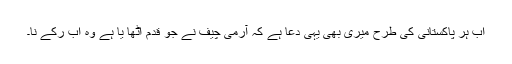
اب ہر پاکستانی کی طرح میری بھی یہی دعا ہے کہ آرمی چیف نے جو قدم اٹھا یا ہے وہ اب رکے نا۔